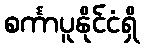
စင်္ကာပူနိုင်ငံရှိ